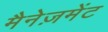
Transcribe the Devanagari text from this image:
मैनेज़मेंट